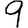
Digit: 9